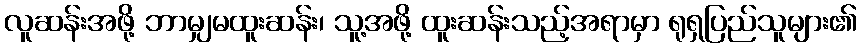
လူဆန်းအဖို့ ဘာမျှမထူးဆန်း၊ သူ့အဖို့ ထူးဆန်းသည့်အရာမှာ ရုရှပြည်သူများ၏